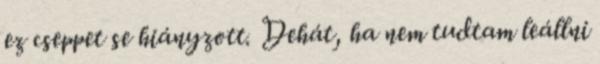
ez cseppet se hiányzott. Dehát, ha nem tudtam leállni